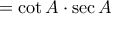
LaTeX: = \cot A \cdot \sec A